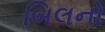
બિલનો